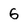
Character: 6